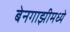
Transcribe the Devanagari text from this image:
बेनगाझीमध्ये